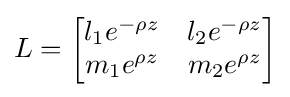
L={\begin{bmatrix}l_{1}e^{-\rho z}&l_{2}e^{-\rho z}\\m_{1}e^{\rho z}&m_{2}e^{\rho z}\end{bmatrix}}